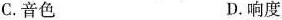
C.音色 D.响度